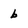
Character: b